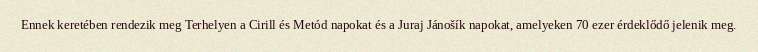
Ennek keretében rendezik meg Terhelyen a Cirill és Metód napokat és a Juraj Jánošík napokat, amelyeken 70 ezer érdeklődő jelenik meg.